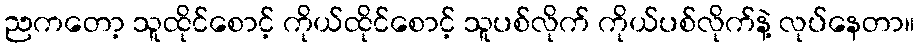
ညကတော့ သူထိုင်စောင့် ကိုယ်ထိုင်စောင့် သူပစ်လိုက် ကိုယ်ပစ်လိုက်နဲ့ လုပ်နေတာ။